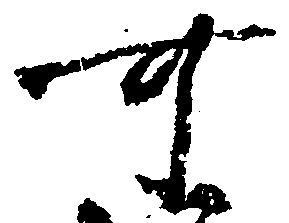
可